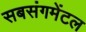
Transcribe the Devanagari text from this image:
सबसंगमेंटल